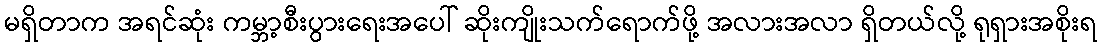
မရှိတာက အရင်ဆုံး ကမ္ဘာ့စီးပွားရေးအပေါ် ဆိုးကျိုးသက်ရောက်ဖို့ အလားအလာ ရှိတယ်လို့ ရုရှားအစိုးရ